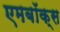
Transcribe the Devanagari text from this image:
एमबॉक्स